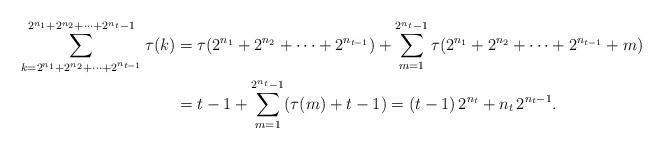
LaTeX: \begin{align*}\sum_{k=2^{n_{1}}+2^{n_{2}}+\cdots+2^{n_{t-1}}}^{2^{n_{1}}+2^{n_{2}}+\cdots+2^{n_{t}}-1} \tau(k) & =\tau(2^{n_{1}}+2^{n_{2}}+\cdots+2^{n_{t-1}})+\sum_{m=1}^{2^{n_{t}}-1}\tau(2^{n_{1}}+2^{n_{2}}+\cdots+2^{n_{t-1}}+m)\\ & =t-1+\sum_{m=1}^{2^{n_{t}}-1}(\tau(m)+t-1)=(t-1)\, 2^{n_{t}}+n_{t}\, 2^{n_{t}-1}.\end{align*}